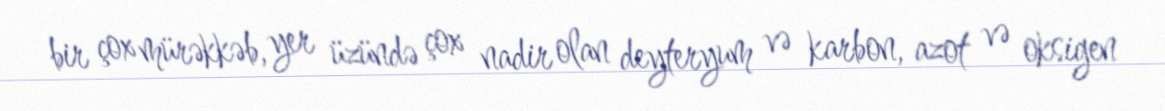
bir çox mürəkkəb, yer üzündə çox nadir olan deyteryum və karbon, azot və oksigen